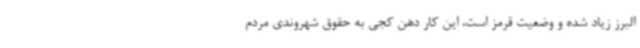
البرز زیاد شده و وضعیت قرمز است، این کار دهن کجی به حقوق شهروندی مردم